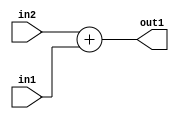
`timescale 1ps / 1ps
/*****************************************************************************
    Verilog RTL Description
    
    
    Created by: Stratus DpOpt 2019.1.01 
*******************************************************************************/

module st_weight_addr_gen_Add_16Ux8U_16U_4_4 (
	in2,
	in1,
	out1
	); /* architecture "behavioural" */ 
input [15:0] in2;
input [7:0] in1;
output [15:0] out1;
wire [15:0] asc001;

assign asc001 = 
	+(in2)
	+(in1);

assign out1 = asc001;
endmodule

/* CADENCE  ubL1Qg0= : u9/ySgnWtBlWxVPRXgAZ4Og= ** DO NOT EDIT THIS LINE ******/